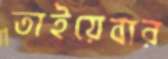
তাইয়েবার